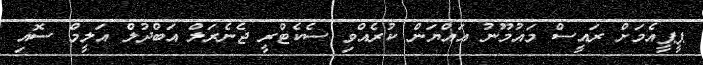
ޕީޕީއެމަށް ރައީސް މައުމޫނު އައްޔަން ކުރެއްވި ސެކެޓްރީ ޖެނެރަލް އަބްދުލް އަލީމް ސޮއި